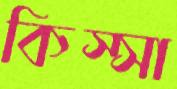
কিস্সা